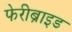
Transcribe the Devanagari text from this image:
फेरीब्राइड